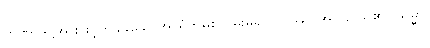
တဏှာဒိဋ္ဌိအားဖြင့်တခုခုသောအာရုံကိုမစွဲလမ်းမူ၍။ ယဿ၊ အကြင်သူ၏။ သမ္မာ၊